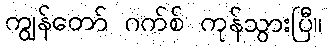
ကျွန်တော် ဂက်စ် ကုန်သွားပြီ။